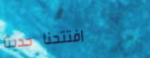
افتتحنا حديثاً